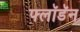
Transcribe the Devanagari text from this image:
फ्लॉडॅन